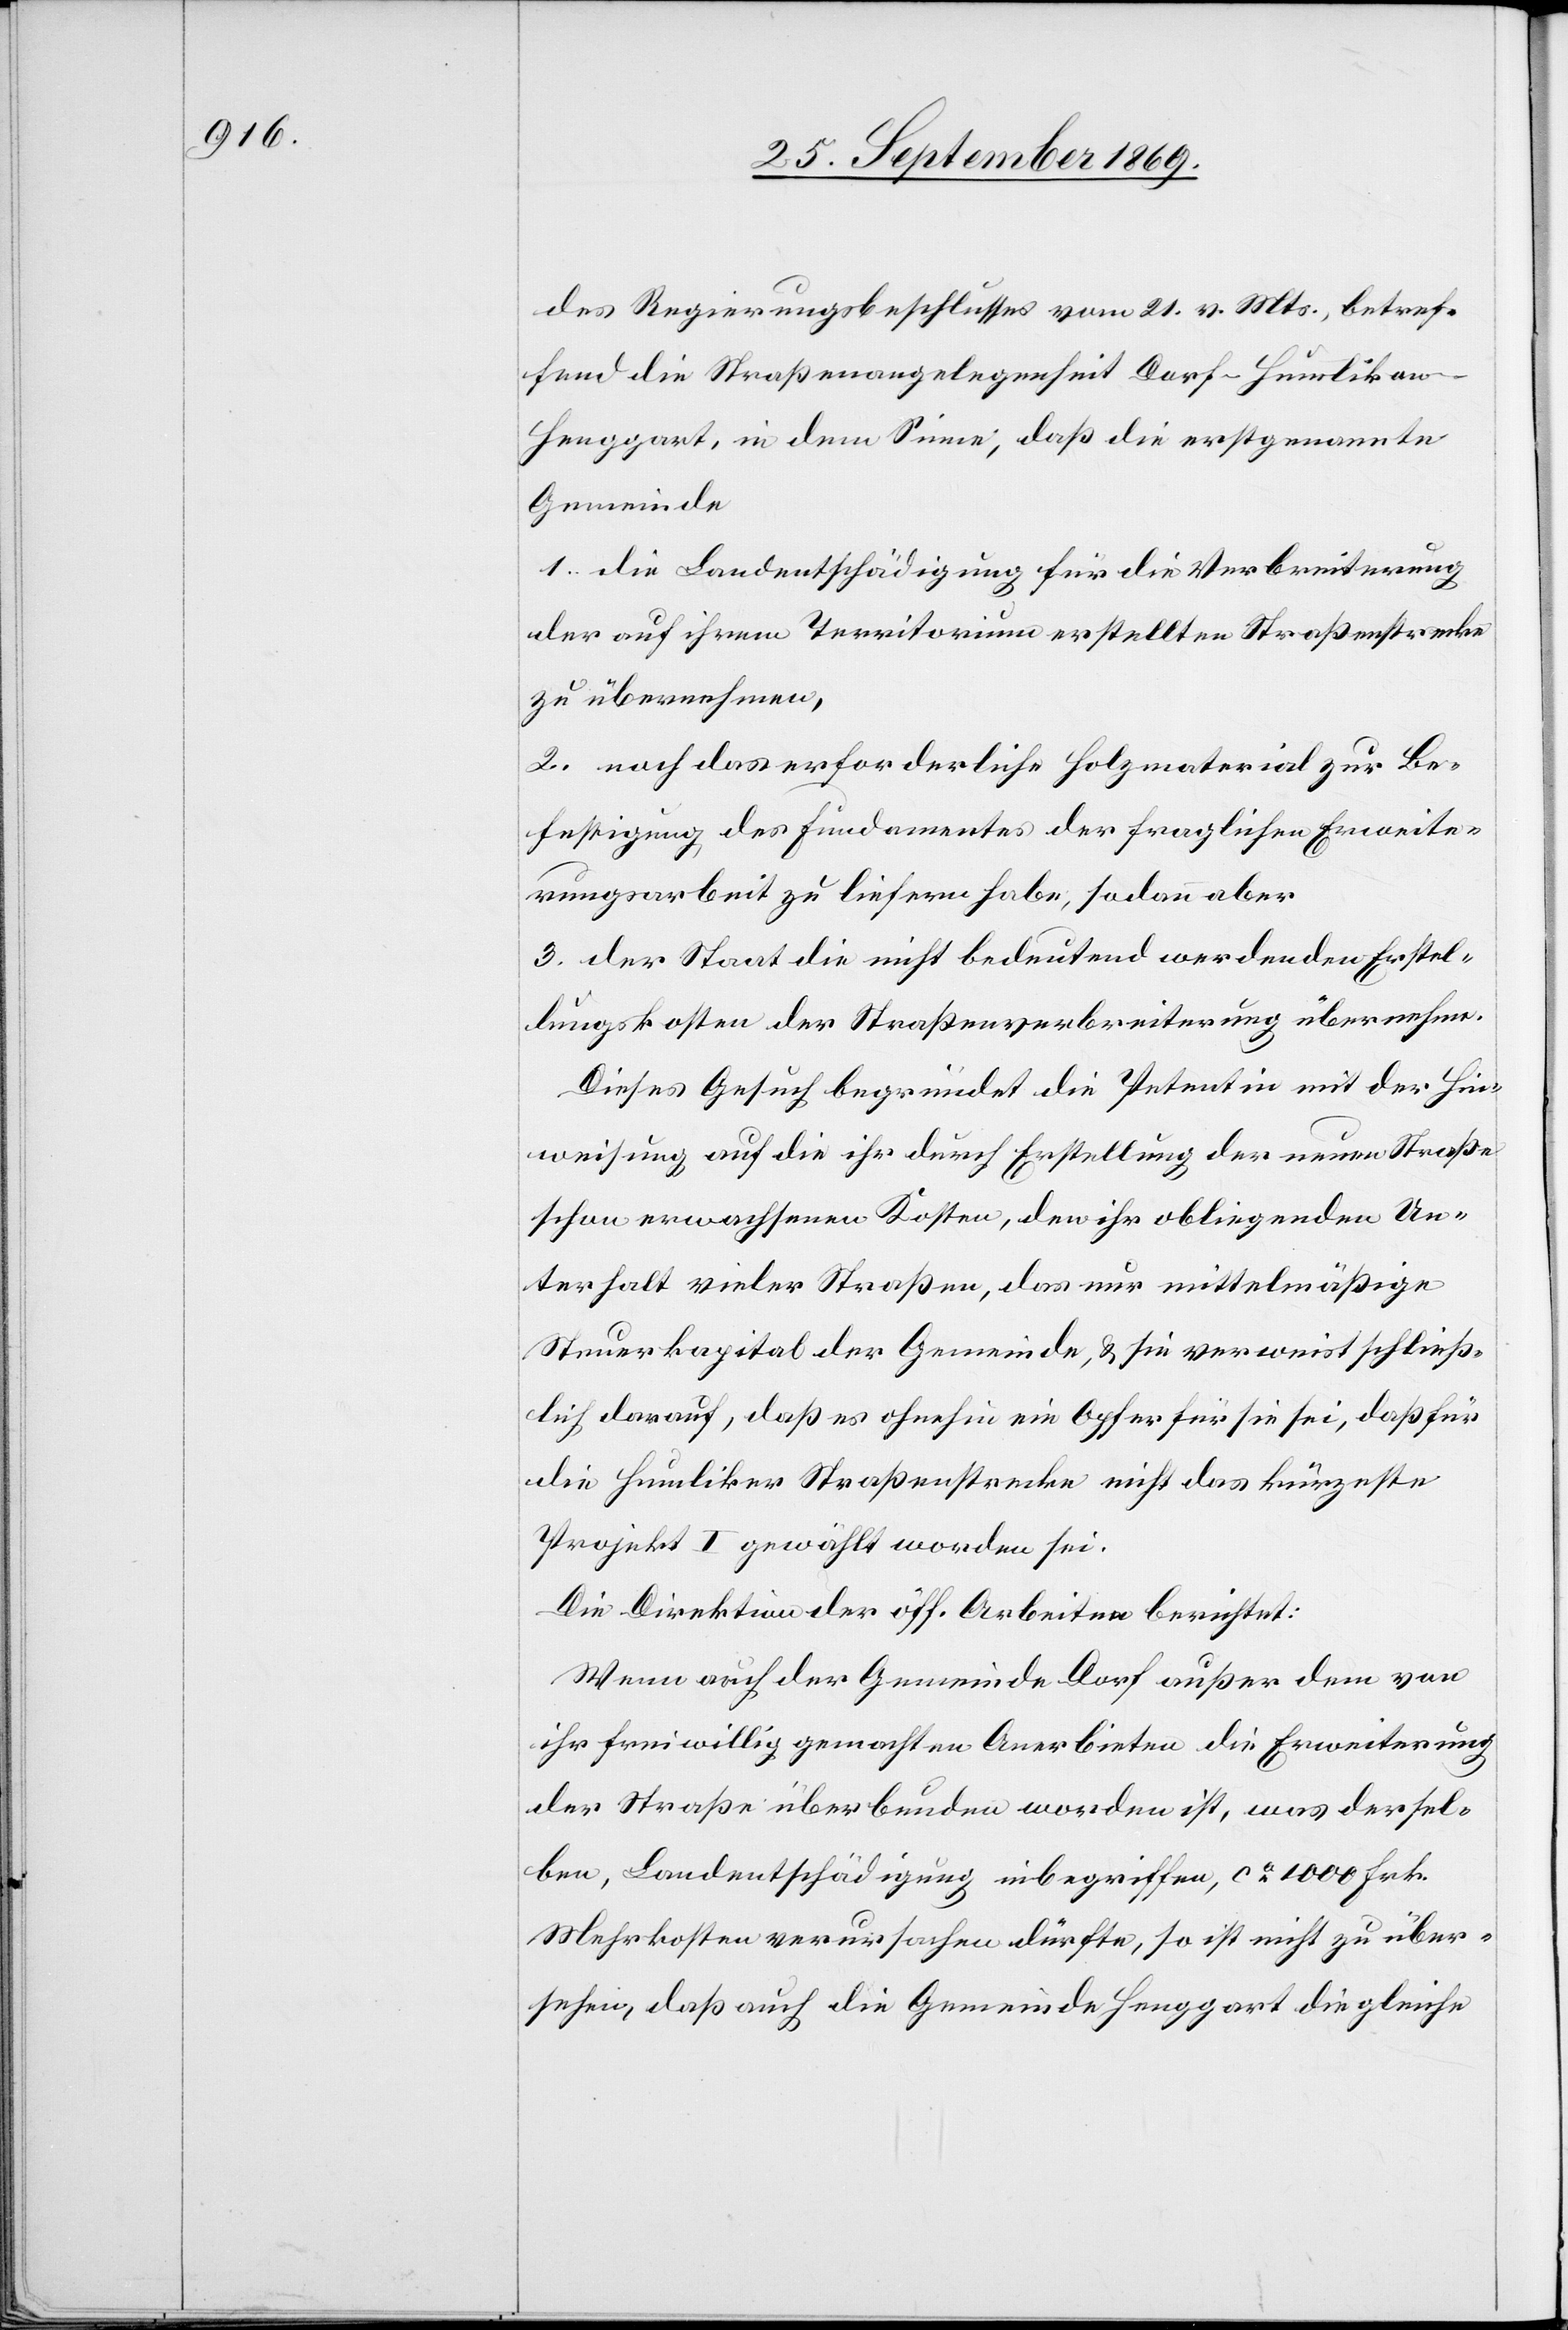
des Regierungsbeschlusses vom 21. v. Mts., betref¬
fend die Straßenangelegenheit Dorf–Humlikon–H¬
enggart, in dem Sinne, daß die erstgenannte
Gemeinde
1. die Landentschädigung für die Verbreiterung
der auf ihrem Territorium erstellten Straßenstrecke
zu übernehmen,
2. noch das erforderliche Holzmaterial zur Be¬
festigung des Fundamentes der fraglichen Erweite¬
rungsarbeit zu liefern habe, sodann aber
3. der Staat die nicht bedeutend werdenden Erstel¬
lungskosten der Straßenverbreiterung übernehme.
Dieses Gesuch begründet die Petentin mit der Hin¬
weisung auf die ihr durch Erstellung der neuen Straße
schon erwachsenen Kosten, den ihr obliegenden Un¬
terhalt vieler Straßen, das nur mittelmäßige
Steuerkapital der Gemeinde, & sie verweist schließ¬
lich darauf, daß es ohnehin ein Opfer für sie sei, daß für
die Humliker Straßenstrecke nicht das kürzeste
Projekt I gewählt worden sei.
Die Direktion der öff. Arbeiten berichtet:
Wenn auch der Gemeinde Dorf außer dem von
ihr freiwillig gemachten Anerbieten die Erweiterung
der Straße überbunden worden ist, was dersel¬
ben, Landentschädigung inbegriffen, ca 1000 Frk.
Mehrkosten verursachen dürfte, so ist nicht zu über¬
sehen, daß auch die Gemeinde Henggart die gleiche